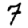
Digit: 7